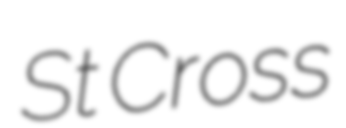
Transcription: St Cross